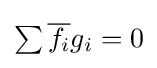
{\textstyle \sum {\overline {f_{i}}}g_{i}=0}